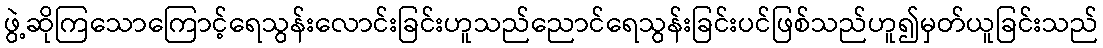
ဖွဲ့ဆိုကြသောကြောင့်ရေသွန်းလောင်းခြင်းဟူသည်ညောင်ရေသွန်းခြင်းပင်ဖြစ်သည်ဟူ၍မှတ်ယူခြင်းသည်